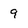
Character: 9